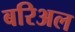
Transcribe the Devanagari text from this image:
बरिअल